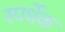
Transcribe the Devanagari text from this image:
स्पर्धेक